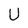
Character: U